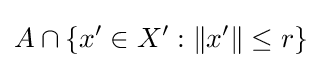
A\cap \left\{x^{\prime }\in X^{\prime }:\left\|x^{\prime }\right\|\leq r\right\}